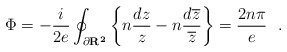
\begin{align*} \Phi=-\frac{i}{2e}\oint_{\partial \bf R^{2}\mit}\left\{ n \frac{dz}{z}- n\frac{d\overline{z}}{\overline{z}}\right\}=\frac{2n\pi}{e}~~.\end{align*}